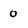
Character: 0